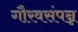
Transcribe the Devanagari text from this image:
गौरवसंपन्न